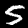
Digit: 5